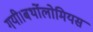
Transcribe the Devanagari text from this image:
गयी।बर्थोलोमियस